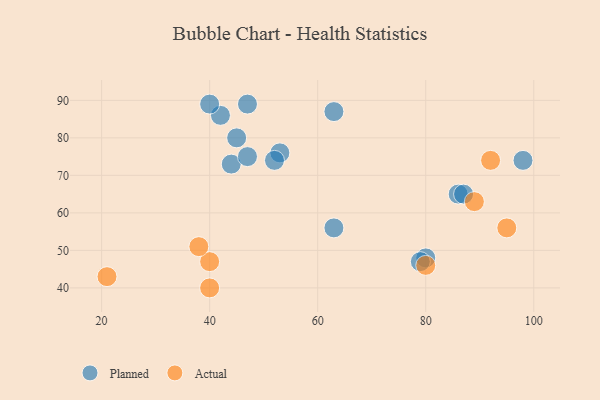
{"axis": {"x": "GDP", "y": "Life Expectancy"}, "legend": ["Actual", "Planned"], "data": [{"x": "42", "y": 86, "type": "Planned"}, {"x": "86", "y": 65, "type": "Planned"}, {"x": "47", "y": 89, "type": "Planned"}, {"x": "98", "y": 74, "type": "Planned"}, {"x": "63", "y": 56, "type": "Planned"}, {"x": "53", "y": 76, "type": "Planned"}, {"x": "44", "y": 73, "type": "Planned"}, {"x": "47", "y": 75, "type": "Planned"}, {"x": "40", "y": 89, "type": "Planned"}, {"x": "80", "y": 48, "type": "Planned"}, {"x": "63", "y": 87, "type": "Planned"}, {"x": "79", "y": 47, "type": "Planned"}, {"x": "45", "y": 80, "type": "Planned"}, {"x": "52", "y": 74, "type": "Planned"}, {"x": "87", "y": 65, "type": "Planned"}, {"x": "21", "y": 43, "type": "Actual"}, {"x": "40", "y": 47, "type": "Actual"}, {"x": "89", "y": 63, "type": "Actual"}, {"x": "38", "y": 51, "type": "Actual"}, {"x": "95", "y": 56, "type": "Actual"}, {"x": "80", "y": 46, "type": "Actual"}, {"x": "40", "y": 40, "type": "Actual"}, {"x": "92", "y": 74, "type": "Actual"}]}